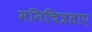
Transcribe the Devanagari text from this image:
मनिचित्रताए